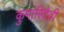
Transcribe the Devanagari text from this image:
कुमारिदेवी